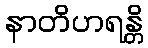
နာတိဟရန္တိ